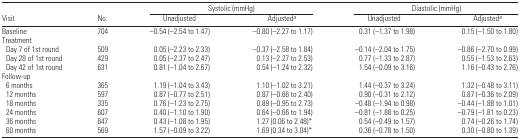
<table><thead><tr><td></td><td></td><td colspan="2"><b>Systolic (mmHg)</b></td><td colspan="2"><b>Diastolic (mmHg)</b></td></tr><tr><td><b>Visit</b></td><td><b>No.</b></td><td><b>Unadjusted</b></td><td><b>Adjusteda</b></td><td><b>Unadjusted</b></td><td><b>Adjusteda</b></td></tr></thead><tbody><tr><td>Baseline</td><td>704</td><td>−0.54 (−2.54 to 1.47)</td><td>−0.80 (−2.27 to 1.17)</td><td>0.31 (−1.37 to 1.98)</td><td>0.15 (−1.50 to 1.80)</td></tr><tr><td colspan="6">Treatment</td></tr><tr><td> Day 7 of 1st round</td><td>509</td><td>0.05 (−2.23 to 2.33)</td><td>−0.37 (−2.58 to 1.84)</td><td>−0.14 (−2.04 to 1.75)</td><td>−0.86 (−2.70 to 0.99)</td></tr><tr><td> Day 28 of 1st round</td><td>429</td><td>0.05 (−2.37 to 2.47)</td><td>0.13 (−2.27 to 2.53)</td><td>0.77 (−1.33 to 2.87)</td><td>0.55 (−1.53 to 2.63)</td></tr><tr><td> Day 42 of 1st round</td><td>631</td><td>0.81 (−1.04 to 2.67)</td><td>0.54 (−1.24 to 2.32)</td><td>1.54 (−0.09 to 3.16)</td><td>1.16 (−0.43 to 2.76)</td></tr><tr><td colspan="6">Follow-up</td></tr><tr><td> 6 months</td><td>365</td><td>1.19 (−1.04 to 3.43)</td><td>1.10 (−1.02 to 3.21)</td><td>1.44 (−0.37 to 3.24)</td><td>1.32 (−0.48 to 3.11)</td></tr><tr><td> 12 months</td><td>597</td><td>0.87 (−0.77 to 2.51)</td><td>0.87 (−0.66 to 2.40)</td><td>0.90 (−0.31 to 2.12)</td><td>0.87 (−0.36 to 2.09)</td></tr><tr><td> 18 months</td><td>335</td><td>0.76 (−1.23 to 2.75)</td><td>0.89 (−0.95 to 2.73)</td><td>–0.48 (−1.94 to 0.98)</td><td>−0.44 (−1.88 to 1.01)</td></tr><tr><td> 24 months</td><td>607</td><td>0.40 (−1.10 to 1.90)</td><td>0.64 (−0.66 to 1.94)</td><td>−0.81 (−1.88 to 0.25)</td><td>−0.79 (−1.81 to 0.23)</td></tr><tr><td> 36 months</td><td>647</td><td>0.43 (−1.08 to 1.95)</td><td>1.27 (0.06 to 2.48)*</td><td>0.54 (−0.49 to 1.57)</td><td>0.74 (−0.26 to 1.74)</td></tr><tr><td> 60 months</td><td>569</td><td>1.57 (−0.09 to 3.22)</td><td>1.69 (0.34 to 3.04)*</td><td>0.36 (−0.78 to 1.50)</td><td>0.30 (−0.80 to 1.39)</td></tr></tbody></table>